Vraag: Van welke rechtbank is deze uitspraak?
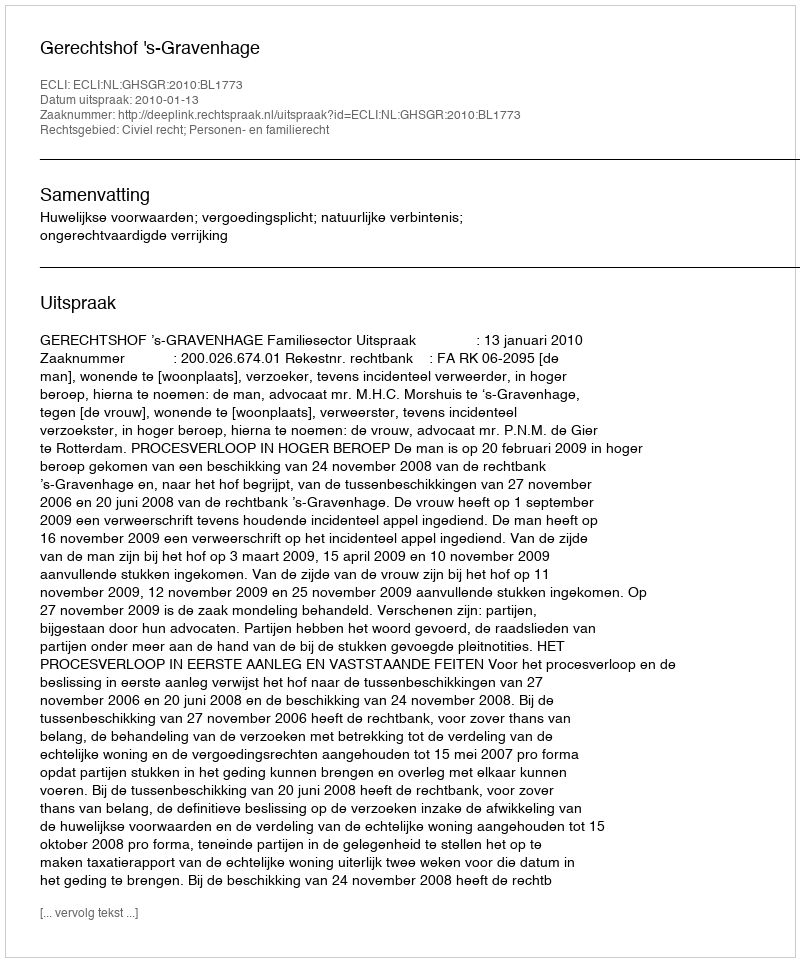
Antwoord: Gerechtshof 's-Gravenhage